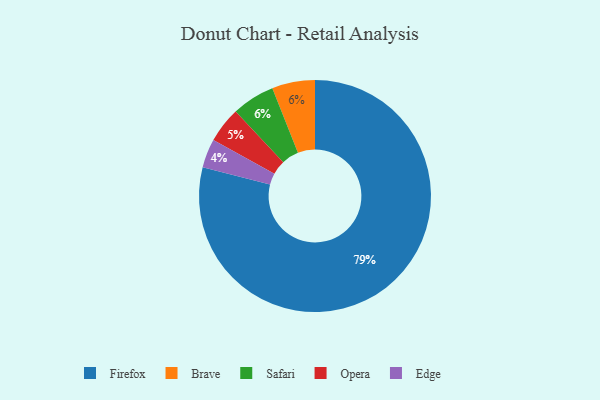
{"axis": {"x": "Category", "y": "Percentage"}, "legend": ["Brave", "Edge", "Firefox", "Opera", "Safari"], "data": [{"x": "Brave", "y": 6, "type": "Brave"}, {"x": "Firefox", "y": 79, "type": "Firefox"}, {"x": "Safari", "y": 6, "type": "Safari"}, {"x": "Opera", "y": 5, "type": "Opera"}, {"x": "Edge", "y": 4, "type": "Edge"}]}